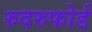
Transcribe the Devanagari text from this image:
रुदरुफोर्ड